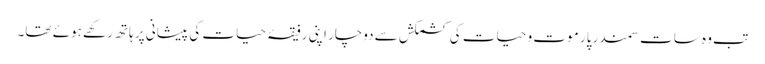
تب وہ سات سمندر پار موت و حیات کی کشمکش سے دوچار اپنی رفیقۂ حیات کی پیشانی پر ہاتھ رکھے ہوئے تھا۔